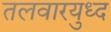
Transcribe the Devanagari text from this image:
तलवारयुध्द